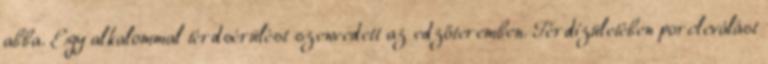
abba. Egy alkalommal térdsérülést szenvedett az edzőteremben. Térdízületében porcleválást